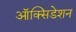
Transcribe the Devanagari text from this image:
ऑक्सिडेशन